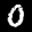
Digit: 0